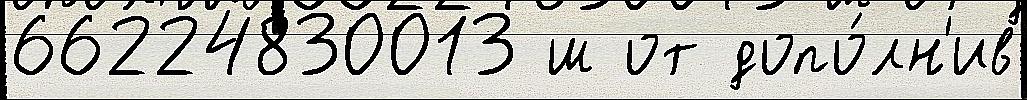
66224830013 ш от допо́лн'ив